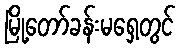
မြို့တော်ခန်းမရှေ့တွင်